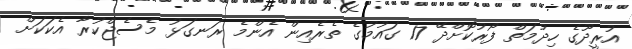
އުރީދޫގެ ހިދުމަތް ފޯރުކޮށްދޭ 17 ގައުމުގެ ތެރެއިން އެންމެ ރަނގަޅު މެސެޖްކުރާ އެކަކަށް